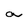
Character: a